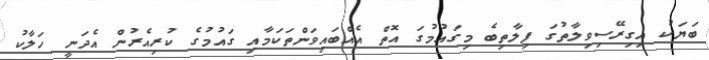
ބަޔަކު އިގިރޭސިވިލާތުގަ ފިލާތިބެ މިގައުމުގަ އޮތް އެއްބައިވަންތަކަމާއި ގައުމުގެ ކުރިއެރުން އެދަނީ ހަލާކު